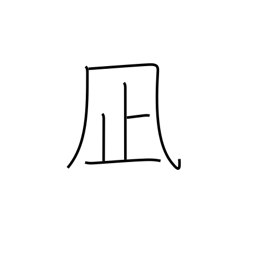
Meaning: lull